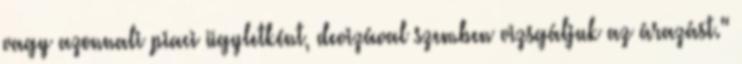
vagy azonnali piaci ügyletként, devizával szemben vizsgáljuk az árazást."